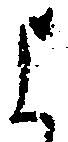
よ